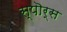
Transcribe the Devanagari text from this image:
स्पॊर्स